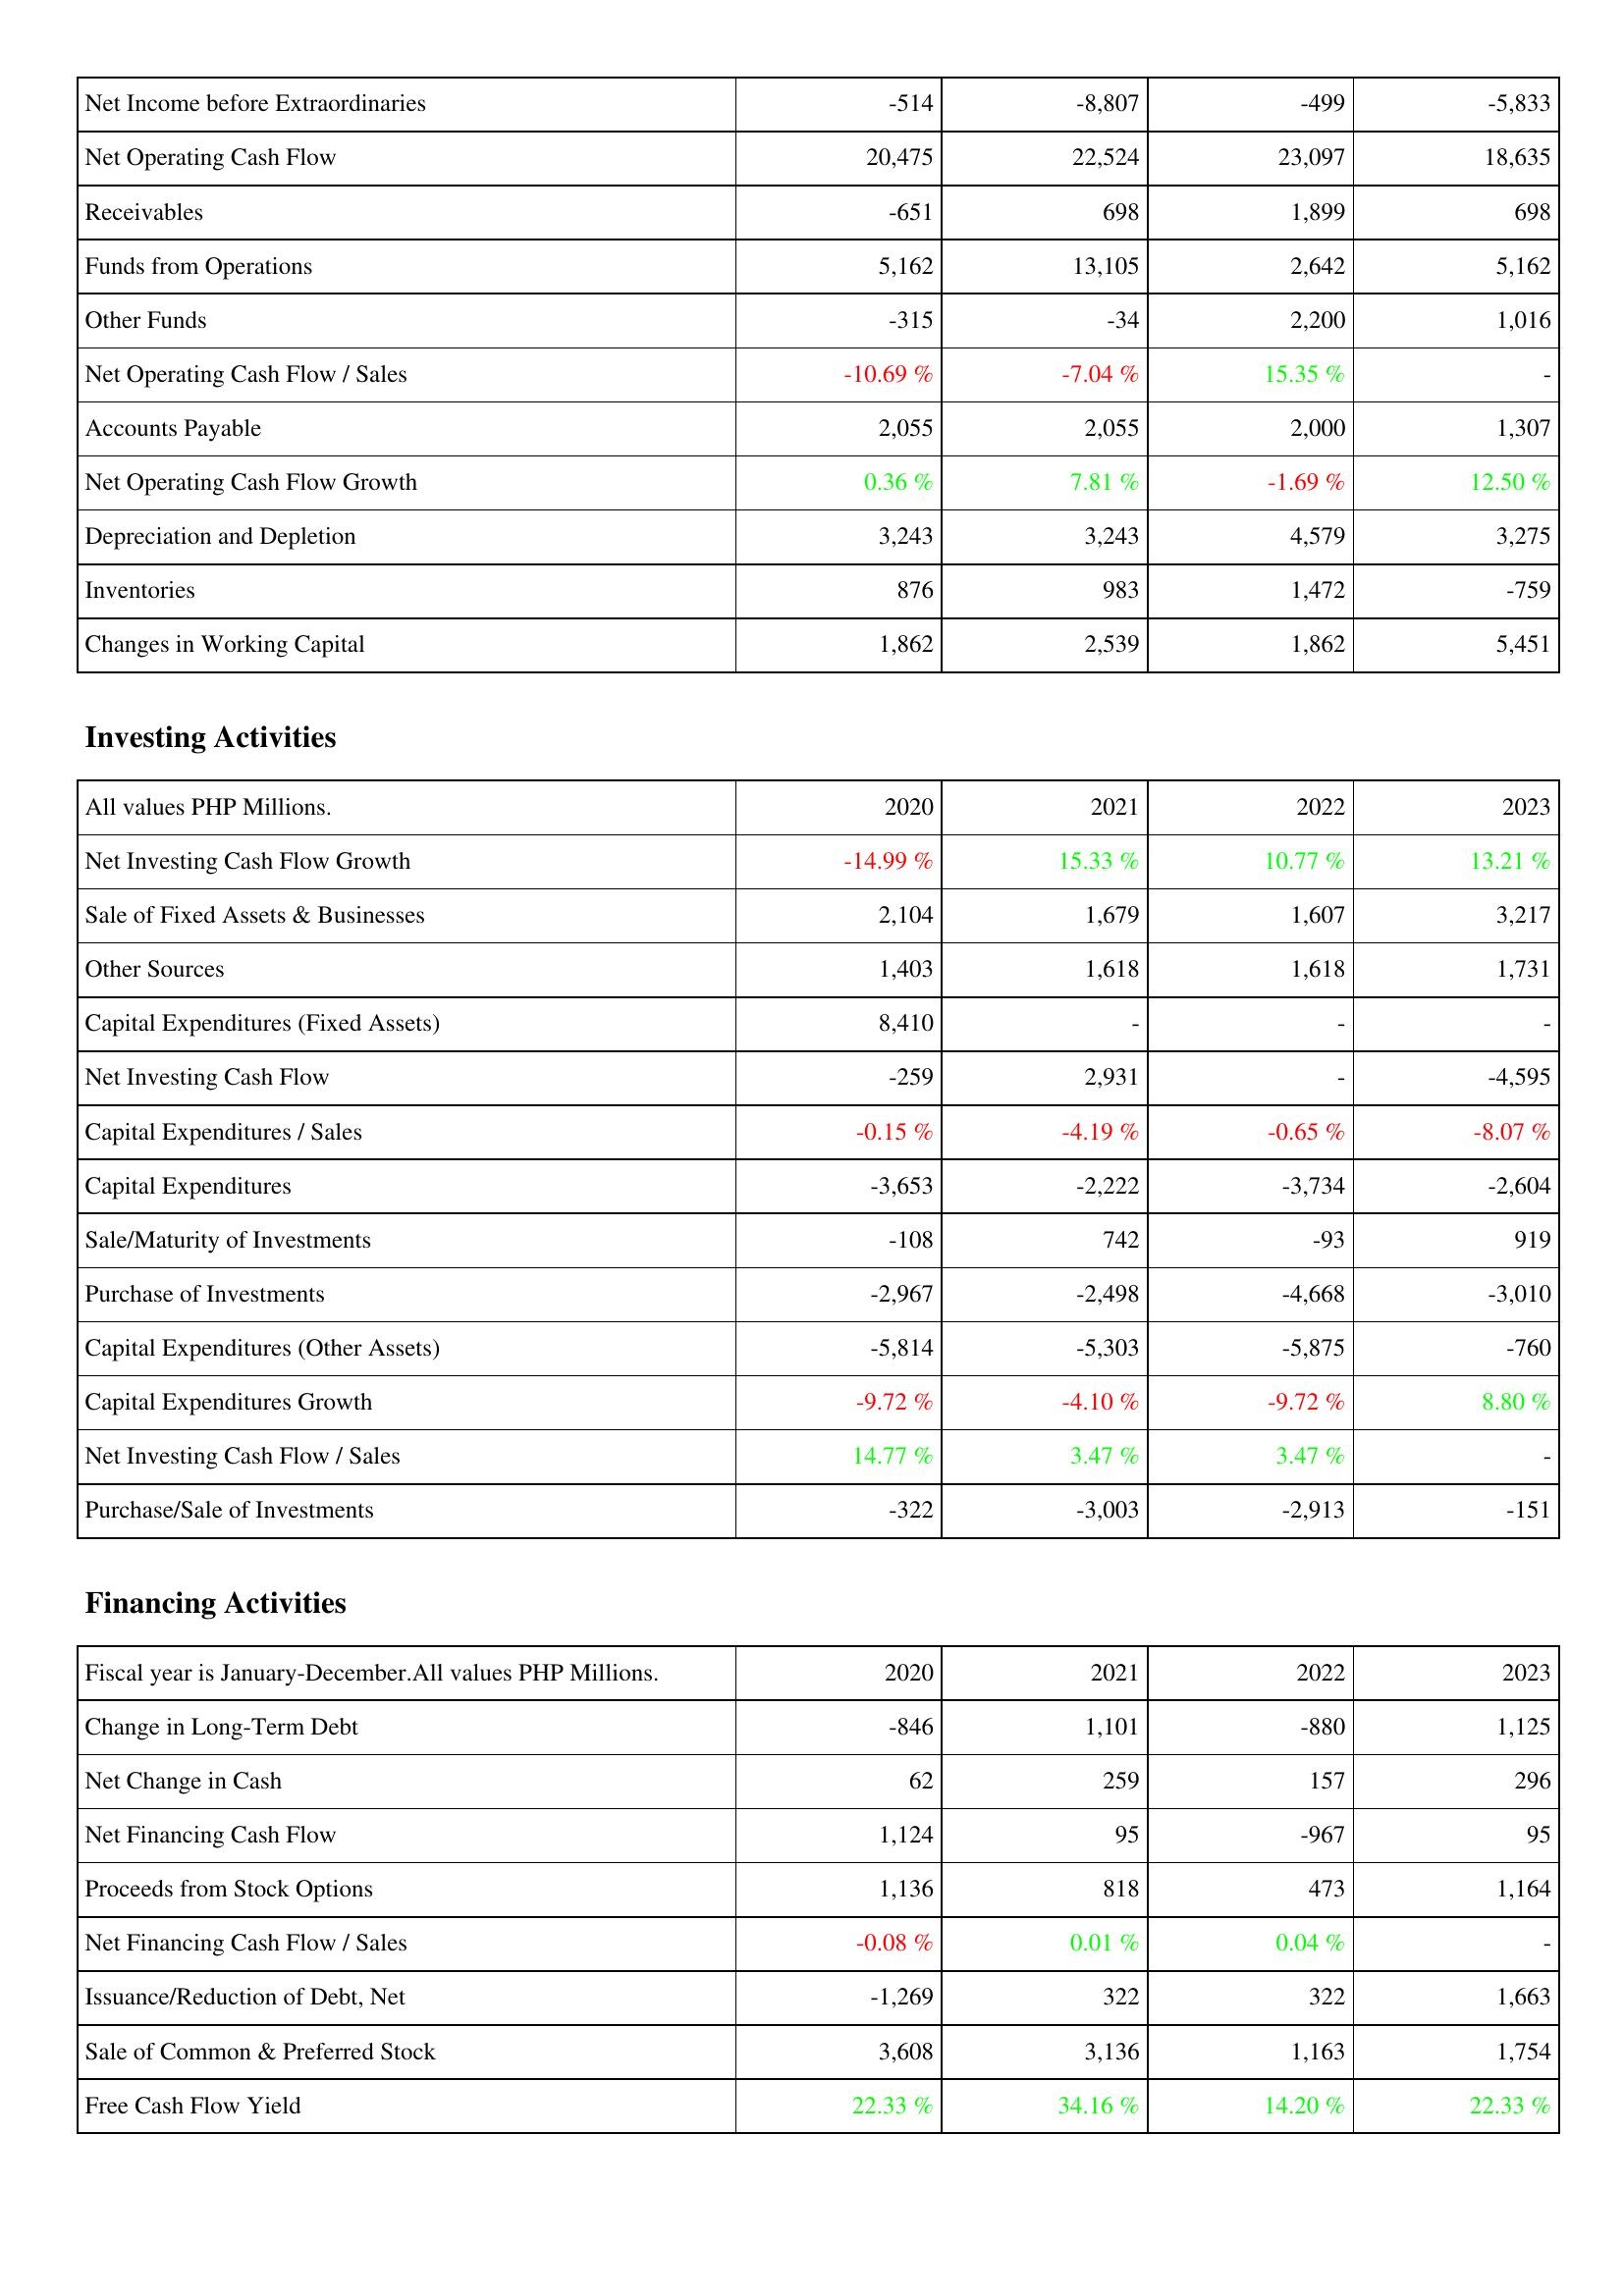
2020: Operating Activities: Net Income before Extraordinaries: -514
Net Operating Cash Flow: 20,475
Receivables: -651
Funds from Operations: 5,162
Other Funds: -315
Net Operating Cash Flow / Sales: -10.69 %
Accounts Payable: 2,055
Net Operating Cash Flow Growth: 0.36 %
Depreciation and Depletion: 3,243
Inventories: 876
Changes in Working Capital: 1,862
Investing Activities: Net Investing Cash Flow Growth: -14.99 %
Sale of Fixed Assets & Businesses: 2,104
Other Sources: 1,403
Capital Expenditures (Fixed Assets): 8,410
Net Investing Cash Flow: -259
Capital Expenditures / Sales: -0.15 %
Capital Expenditures: -3,653
Sale/Maturity of Investments: -108
Purchase of Investments: -2,967
Capital Expenditures (Other Assets): -5,814
Capital Expenditures Growth: -9.72 %
Net Investing Cash Flow / Sales: 14.77 %
Purchase/Sale of Investments: -322
Financing Activities: Change in Long-Term Debt: -846
Net Change in Cash: 62
Net Financing Cash Flow: 1,124
Proceeds from Stock Options: 1,136
Net Financing Cash Flow / Sales: -0.08 %
Issuance/Reduction of Debt, Net: -1,269
Sale of Common & Preferred Stock: 3,608
Free Cash Flow Yield: 22.33 %
2021: Operating Activities: Net Income before Extraordinaries: -8,807
Net Operating Cash Flow: 22,524
Receivables: 698
Funds from Operations: 13,105
Other Funds: -34
Net Operating Cash Flow / Sales: -7.04 %
Accounts Payable: 2,055
Net Operating Cash Flow Growth: 7.81 %
Depreciation and Depletion: 3,243
Inventories: 983
Changes in Working Capital: 2,539
Investing Activities: Net Investing Cash Flow Growth: 15.33 %
Sale of Fixed Assets & Businesses: 1,679
Other Sources: 1,618
Capital Expenditures (Fixed Assets): -
Net Investing Cash Flow: 2,931
Capital Expenditures / Sales: -4.19 %
Capital Expenditures: -2,222
Sale/Maturity of Investments: 742
Purchase of Investments: -2,498
Capital Expenditures (Other Assets): -5,303
Capital Expenditures Growth: -4.10 %
Net Investing Cash Flow / Sales: 3.47 %
Purchase/Sale of Investments: -3,003
Financing Activities: Change in Long-Term Debt: 1,101
Net Change in Cash: 259
Net Financing Cash Flow: 95
Proceeds from Stock Options: 818
Net Financing Cash Flow / Sales: 0.01 %
Issuance/Reduction of Debt, Net: 322
Sale of Common & Preferred Stock: 3,136
Free Cash Flow Yield: 34.16 %
2022: Operating Activities: Net Income before Extraordinaries: -499
Net Operating Cash Flow: 23,097
Receivables: 1,899
Funds from Operations: 2,642
Other Funds: 2,200
Net Operating Cash Flow / Sales: 15.35 %
Accounts Payable: 2,000
Net Operating Cash Flow Growth: -1.69 %
Depreciation and Depletion: 4,579
Inventories: 1,472
Changes in Working Capital: 1,862
Investing Activities: Net Investing Cash Flow Growth: 10.77 %
Sale of Fixed Assets & Businesses: 1,607
Other Sources: 1,618
Capital Expenditures (Fixed Assets): -
Net Investing Cash Flow: -
Capital Expenditures / Sales: -0.65 %
Capital Expenditures: -3,734
Sale/Maturity of Investments: -93
Purchase of Investments: -4,668
Capital Expenditures (Other Assets): -5,875
Capital Expenditures Growth: -9.72 %
Net Investing Cash Flow / Sales: 3.47 %
Purchase/Sale of Investments: -2,913
Financing Activities: Change in Long-Term Debt: -880
Net Change in Cash: 157
Net Financing Cash Flow: -967
Proceeds from Stock Options: 473
Net Financing Cash Flow / Sales: 0.04 %
Issuance/Reduction of Debt, Net: 322
Sale of Common & Preferred Stock: 1,163
Free Cash Flow Yield: 14.20 %
2023: Operating Activities: Net Income before Extraordinaries: -5,833
Net Operating Cash Flow: 18,635
Receivables: 698
Funds from Operations: 5,162
Other Funds: 1,016
Net Operating Cash Flow / Sales: -
Accounts Payable: 1,307
Net Operating Cash Flow Growth: 12.50 %
Depreciation and Depletion: 3,275
Inventories: -759
Changes in Working Capital: 5,451
Investing Activities: Net Investing Cash Flow Growth: 13.21 %
Sale of Fixed Assets & Businesses: 3,217
Other Sources: 1,731
Capital Expenditures (Fixed Assets): -
Net Investing Cash Flow: -4,595
Capital Expenditures / Sales: -8.07 %
Capital Expenditures: -2,604
Sale/Maturity of Investments: 919
Purchase of Investments: -3,010
Capital Expenditures (Other Assets): -760
Capital Expenditures Growth: 8.80 %
Net Investing Cash Flow / Sales: -
Purchase/Sale of Investments: -151
Financing Activities: Change in Long-Term Debt: 1,125
Net Change in Cash: 296
Net Financing Cash Flow: 95
Proceeds from Stock Options: 1,164
Net Financing Cash Flow / Sales: -
Issuance/Reduction of Debt, Net: 1,663
Sale of Common & Preferred Stock: 1,754
Free Cash Flow Yield: 22.33 %